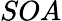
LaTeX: SOA